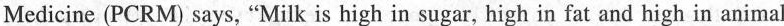
Medicine (PCRM) says, "Milk is high in sugar, high in fat and high in animal